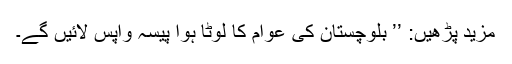
مزید پڑھیں: ’’ بلوچستان کی عوام کا لوٹا ہوا پیسہ واپس لائیں گے۔